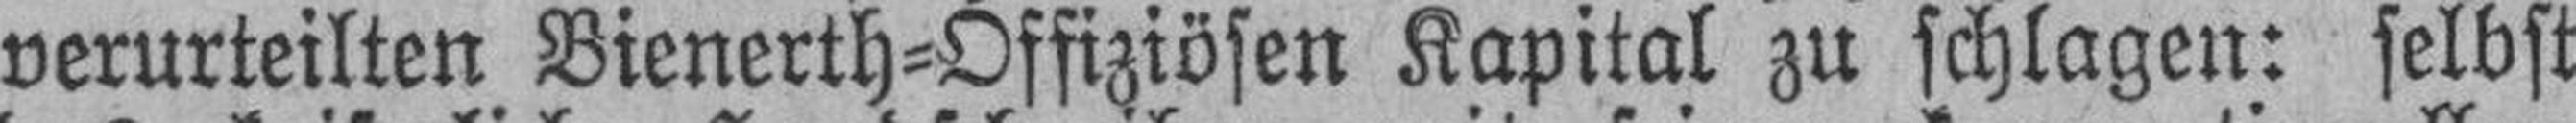
verurteilten Bienerth-Offiziösen Kapital zu schlagen: selbst